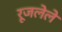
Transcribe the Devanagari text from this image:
रूजलेले